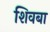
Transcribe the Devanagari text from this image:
शिवबा